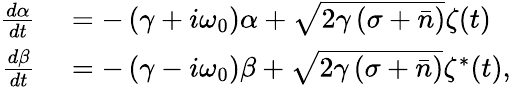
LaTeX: \begin{array}{rl}{\frac{d\alpha}{dt}}&{{}=-\left(\gamma+i\omega_{0}\right)\alpha+\sqrt{2\gamma\left(\sigma+\bar{n}\right)}\zeta(t)}\\ {\frac{d\beta}{dt}}&{{}=-\left(\gamma-i\omega_{0}\right)\beta+\sqrt{2\gamma\left(\sigma+\bar{n}\right)}\zeta^{*}(t),}\end{array}